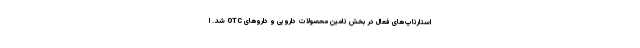
استارتاپ‌های فعال در بخش تامین محصولات دارویی و داروهای OTC شد. ا